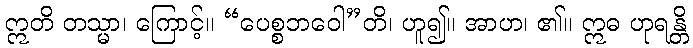
ဣတိ တသ္မာ၊ ကြောင့်။ “ပေစ္စဘဝေါ”တိ၊ ဟူ၍။ အာဟ၊ ၏။ ဣဓ ဟုရန္တိ